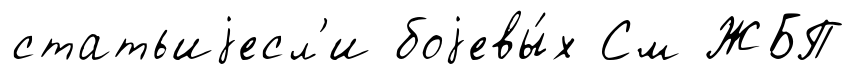
статьиjесл'и боjевы́х См ЖБП